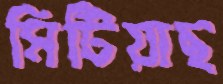
মিটিয়াছ